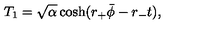
T _ { 1 } = \sqrt { \alpha } \cosh ( r _ { + } \bar { \phi } - r _ { - } t ) ,